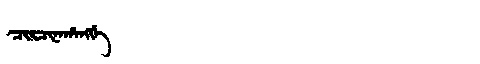
Manchu: ᠴᡳᡵᠴᡳᠨᠠᡥᠠᠩᡤᡝ
Romanization: CIRCINAHANGGE